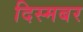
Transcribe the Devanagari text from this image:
दिस्मबर